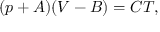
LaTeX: ( p + A ) ( V - B ) = C T ,